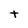
Character: t